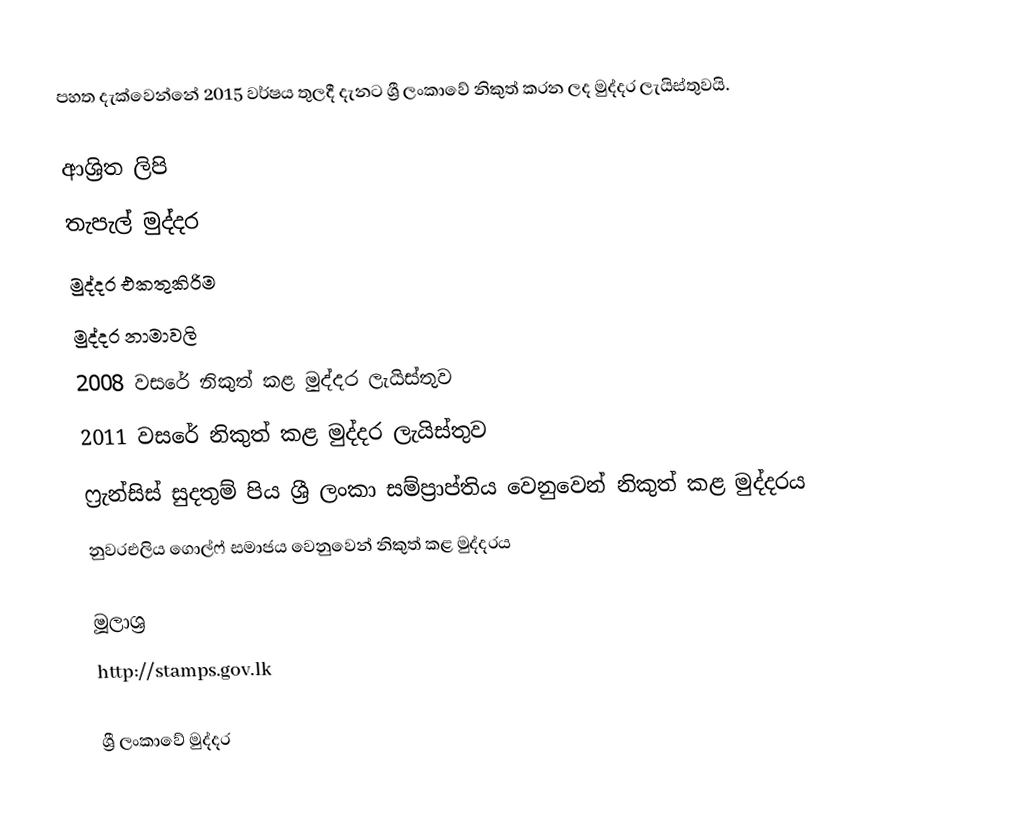
පහත දැක්වෙන්නේ 2015 වර්ෂය තුලදී දැනට ශ්‍රී ලංකාවේ නිකුත් කරන ලද මුද්දර ලැයිස්තුවයි.

ආශ්‍රිත ලිපි
තැපැල් මුද්දර
මුද්දර එකතුකිරිම
මුද්දර නාමාවලි
2008 වසරේ නිකුත් කළ මුද්දර ලැයිස්තුව
2011 වසරේ නිකුත් කළ මුද්දර ලැයිස්තුව
ෆ්‍රැන්සිස් සුදතුම් පිය ශ්‍රී ලංකා සම්ප්‍රාප්තිය වෙනුවෙන් නිකුත් කළ මුද්දරය
නුවරඑලිය ගොල්ෆ් සමාජය වෙනුවෙන් නිකුත් කළ මුද්දරය

මූලාශ්‍ර
http://stamps.gov.lk

ශ්‍රී ලංකාවේ මුද්දර